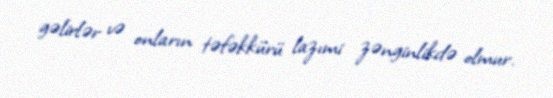
gəlirlər və onların təfəkkürü lazımi zənginlikdə olmur.